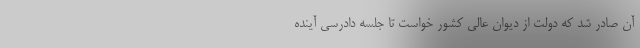
آن صادر شد که دولت از دیوان عالی کشور خواست تا جلسه دادرسی آینده